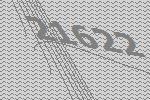
21622